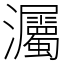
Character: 灟